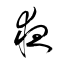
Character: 夜